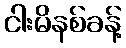
ငါးမိနစ်ခန့်